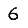
Digit: 6